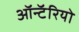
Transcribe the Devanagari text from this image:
ऑन्टॅरियो